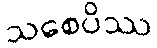
သစေပိဿ